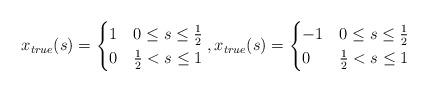
LaTeX: \begin{align*}x_{true}(s) = \begin{cases} 1 & 0 \leq s \leq \frac{1}{2} \\0 & \frac{1}{2}< s \leq 1 \end{cases},x_{true}(s) = \begin{cases} - 1 & 0 \leq s \leq \frac{1}{2} \\0 & \frac{1}{2}< s \leq 1 \end{cases}\end{align*}